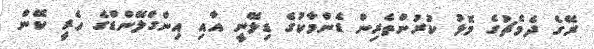
ރޭގެ ދެމެޗުގެ މޮޅު ކުރުންތެރިން ޑެންމާކުގެ ޑިލޭނީ އާއި އިންގްލޭންޑްގެ ހެރީ ކޭން